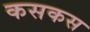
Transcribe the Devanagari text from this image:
कसकस